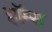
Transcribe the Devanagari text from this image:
हाॅम्स